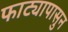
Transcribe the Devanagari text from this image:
फाट्यापासुन